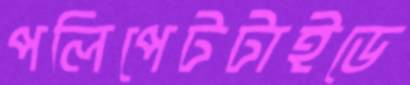
পলিপেটটাইডে